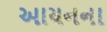
આયનના